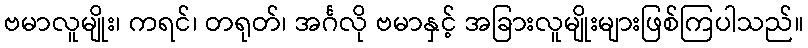
ဗမာလူမျိုး၊ ကရင်၊ တရုတ်၊ အင်္ဂလို ဗမာနှင့် အခြားလူမျိုးများဖြစ်ကြပါသည်။